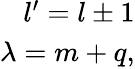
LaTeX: \begin{array}{r}{l^{\prime}=l\pm 1}\\ {\lambda=m+q,}\end{array}